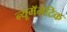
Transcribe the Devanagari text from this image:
न्यूमॅनेटिक